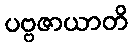
ပဗ္ဗဇာယာတိ